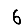
Digit: 6